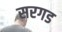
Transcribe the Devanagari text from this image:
सरगड